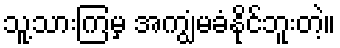
သူ့သားကြမှ အကျွံမခံနိုင်ဘူးတဲ့။